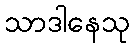
သာဒါနေသု